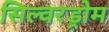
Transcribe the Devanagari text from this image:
सिल्वरड्रोम